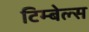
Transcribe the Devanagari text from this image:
टिम्बेल्स